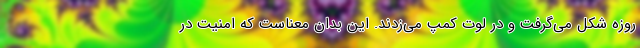
روزه شکل می‌گرفت و در لوت کمپ می‌زدند. این بدان معناست که امنیت در